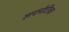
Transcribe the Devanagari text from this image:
शवपेटिका